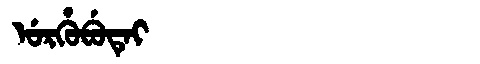
Manchu: ᡠᡵᡥᡠᠪᡠᡨᡝᡳ
Romanization: URHUBUTEI